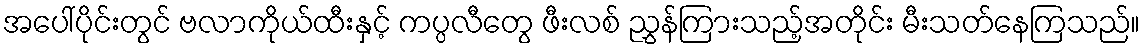
အပေါ်ပိုင်းတွင် ဗလာကိုယ်ထီးနှင့် ကပ္ပလီတွေ ဖီးလစ် ညွှန်ကြားသည့်အတိုင်း မီးသတ်နေကြသည်။